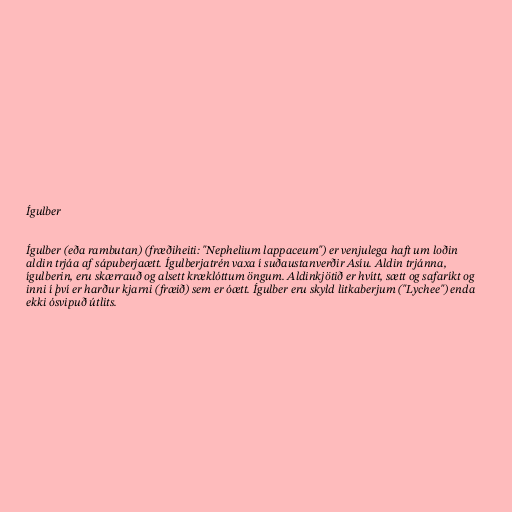
Ígulber

Ígulber (eða rambutan) (fræðiheiti: "Nephelium lappaceum") er venjulega haft um loðin
aldin trjáa af sápuberjaætt. Ígulberjatrén vaxa í suðaustanverðir Asíu. Aldin trjánna,
ígulberin, eru skærrauð og alsett kræklóttum öngum. Aldinkjötið er hvítt, sætt og safaríkt og
inni í því er harður kjarni (fræið) sem er óætt. Ígulber eru skyld litkaberjum ("Lychee") enda
ekki ósvipuð útlits.